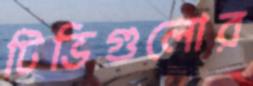
টিভিগুলোর